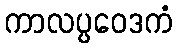
ကာလပ္ပဝေဒကံ